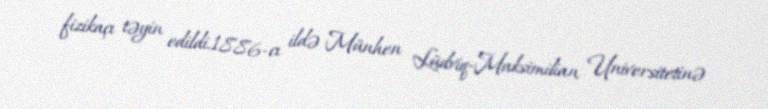
fizikaçı təyin edildi.1886-cı ildə Münhen Lüdviq-Maksimilian Universitetinə